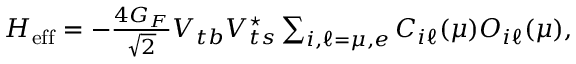
\begin{array} { r } { { \cal H } _ { \mathrm { e f f } } = - \frac { 4 G _ { F } } { \sqrt { 2 } } V _ { t b } V _ { t s } ^ { \star } \sum _ { i , \ell = \mu , e } C _ { i \ell } ( \mu ) { \cal O } _ { i \ell } ( \mu ) , } \end{array}